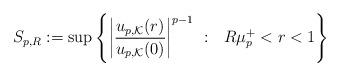
LaTeX: \begin{align*}S_{p,R}:=\sup \left\{ \left|\frac{u_{p,\mathcal K}(r)}{u_{p,\mathcal K}(0)}\right|^{p-1}\ : \ \ R\mu_p^+<r<1 \right\}\end{align*}